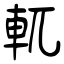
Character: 軏